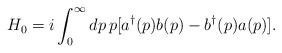
LaTeX: \begin{align*}H_0= i\int_{0}^{\infty}dp \, p [a^{\dag} (p) b (p) - b^{\dag}(p) a(p)].\end{align*}